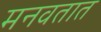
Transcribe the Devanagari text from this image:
मनवतात